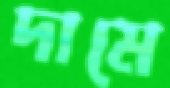
দামে